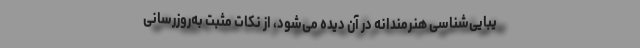
یبایی‌شناسی هنرمندانه در آن دیده می‌شود، از نکات مثبت به‌روزرسانی